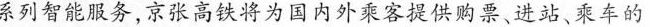
系列智能服务,京张高铁将为国内外乘客提供购票、进站、乘车的